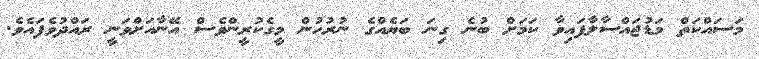
މަސައްކަތް މަޑުޖައްސާލާފައިވާ ކަމަށް ބުނެ ގިނަ ބަޔެއްގެ ނުރުހުން މީގެކުރީންވެސް އޭނާއަށްވަނީ ރައްދުވެފައެވެ.